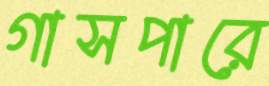
গাসপারে